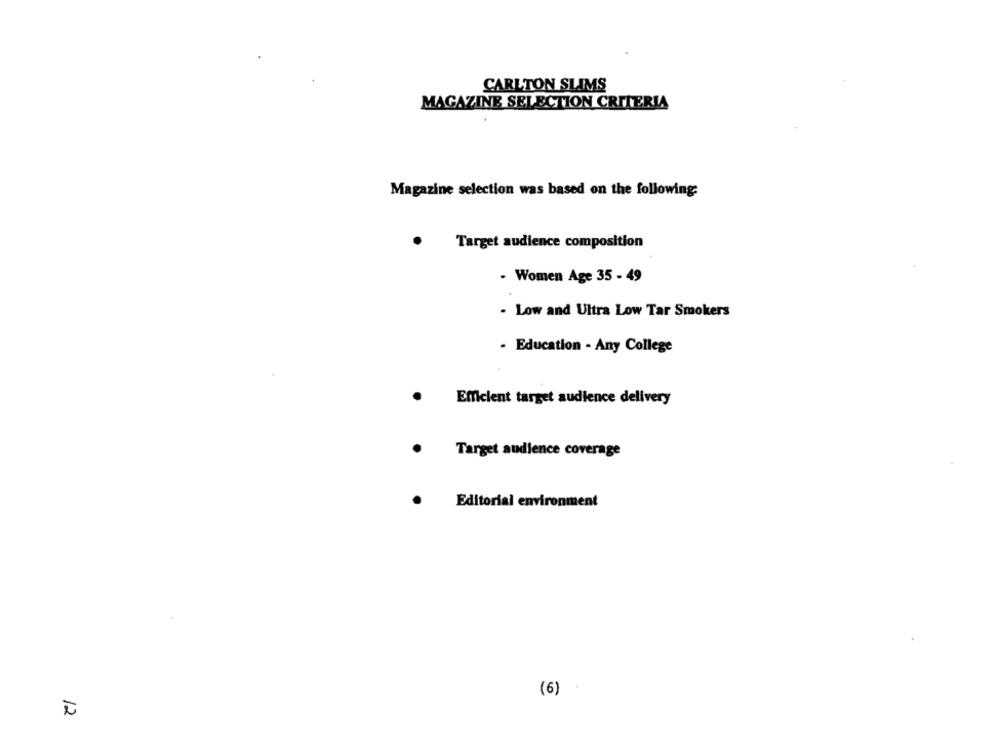
CARLTON SLIMS
MAGAZINE SELECTION CRITERIA
Magazine selection was based on the following:
Target audience composition
- Women Age 35 - 49
. Low and Ultra Low Tar Smokers
- Education - Any College
Efficient target audience delivery
Target audience coverage
Editorial environment
(6)
12